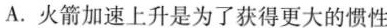
A.火箭加速上升是为了获得更大的惯性